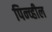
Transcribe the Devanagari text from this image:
पिन्व्हील